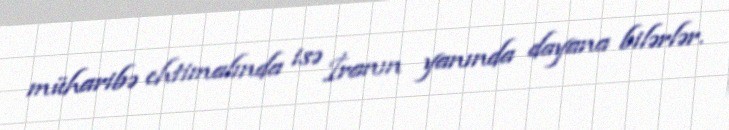
müharibə ehtimalında isə İranın yanında dayana bilərlər.